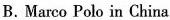
B. Marco Polo in China